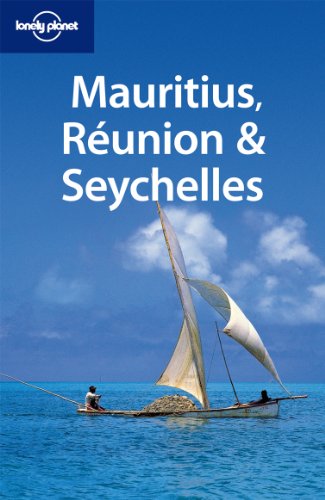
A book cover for Lonely Planet Mauritius Reunion & Seychelles (Multi Country Travel Guide); Jean-Bernard Carillet; Travel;